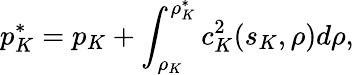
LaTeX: p_{K}^{*}=p_{K}+\int_{\rho_{K}}^{\rho_{K}^{*}}c_{K}^{2}(s_{K},\rho)d\rho,